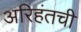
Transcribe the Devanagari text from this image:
अरिहंतची